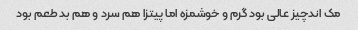
مک اندچیز عالی بود گرم و خوشمزه اما پیتزا هم سرد و هم بد طعم بود